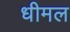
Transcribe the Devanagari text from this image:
धीमल